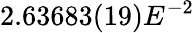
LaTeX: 2.63683(19)E^{-2}